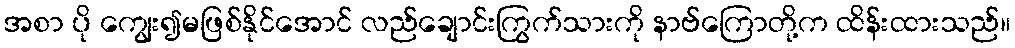
အစာ ပို ကျွေး၍မဖြစ်နိုင်အောင် လည်ချောင်းကြွက်သားကို နာဗ်ကြောတို့က ထိန်းထားသည်။